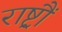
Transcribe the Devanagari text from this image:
राष्ट्रौं